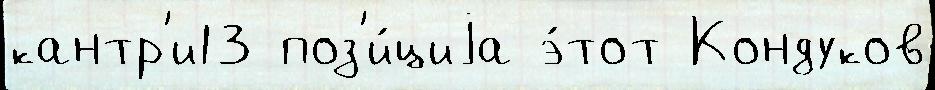
кантр'и13 поз'и́циjа э́тот Кондуков